Lunatic asylums Punjab 1895-1910 - 1895-1910
Year: 1895
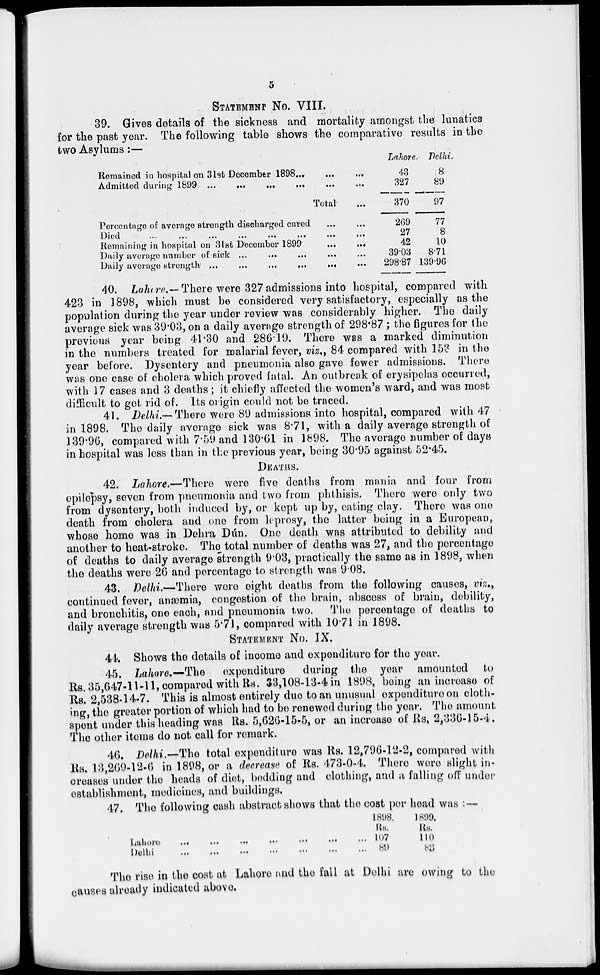
5
STATEMENT No. VIII.
39. Gives details of the sickness and mortality amongst the lunatics
for the past year. The following table shows the comparative results in the
two Asylums:—
Remained in hospital on 31st December 1898
...
...
...
Admitted during 1899
...
...
...
...
...
...
Total ...
Percentage of average strength discharged cured
...
...
Died ... ... ... ... ... ... ... ... ...
Remaining in hospital on 31st December 1899
...
...
Daily average number of sick
...
...
...
...
...
Daily average
strength
...
...
...
...
...
...
Lahore.
43
327
370
269
27
42
39.03
298.87
Delhi.
8
89
97
77
8
10
8.71
139.96
40. Lahore.— There were 327 admissions into hospital, compared with
423 in 1898, which must be considered very satisfactory, especially as the
population during the year under review was considerably higher. The daily
average sick was 39.03, on a daily average strength of 298.87; the figures for the
previous year being 41.30 and 286.19. There was a marked diminution
in the numbers treated for malarial fever, viz., 84 compared with 153 in the
year before. Dysentery and pneumonia also gave fewer admissions. There
was one case of cholera which proved fatal. An outbreak of erysipelas occurred,
with 17 cases and 3 deaths; it chiefly affected the women's ward, and was most
difficult to get rid of. Its origin could not be traced.
41. Delhi.— There Were 89 admissions into hospital, compared with 47
in 1898. The daily average sick was 8.71, with a daily average strength of
139.96, compared with 7.59 and 130.61 in 1898. The average number of days
in hospital was less than in the previous year, being 30.95 against 52.45.
DEATHS.
42. Lahore.—There were five deaths from mania and four from
epilepsy, seven from pneumonia and two from phthisis. There were only two
from dysentery, both induced by, or kept up by, eating clay. There was one
death from cholera and one from leprosy, the latter being in a European,
whose home was in Dehra Dún. One death was attributed to debility and
another to heat-stroke. The total number of deaths was 27, and the percentage
of deaths to daily average strength 9.03, practically the same as in 1898, when
the deaths were 26 and percentage to strength was 9.08.
43. Delhi.—There were eight deaths from the following causes, viz.,
continued fever, anœmia, congestion of the brain, abscess of brain, debility,
and bronchitis, one each, and pneumonia two. The percentage of deaths to
daily average strength was 5.71, compared with 10.71 in 1898.
STATEMENT No. IX.
44. Shows the details of income and expenditure for the year.
45. Lahore.—The expenditure during the year amounted to
Rs. 35,647-11-11, compared with Rs. 33,108-13-4 in 1898, being an increase of
Rs. 2,538-14-7. This is almost entirely due to an unusual expenditure on cloth-
ing, the greater portion of which had to be renewed during the year. The amount
spent under this heading was Rs. 5,626-15-5, or an increase of Rs. 2,336-15-4.
The other items do not call for remark.
46. Delhi.—The total expenditure was Rs. 12,796-12-2, compared with
Rs. 13,269-12-6 in 1898, or a decrease of Rs. 473-0-4. There were slight in-
creases under the heads of diet, bedding and clothing, and a falling off under
establishment, medicines, and buildings.
47. The following cash abstract shows that the cost per head was :—
Lahore ... ... ... ... ... ... ...
Delhi ... ... ... ... ... ... ...
1898.
Rs.
107
89
1899.
Rs.
110
83
The rise in the cost at Lahore and the fall at Delhi are owing to the
causes already indicated above.